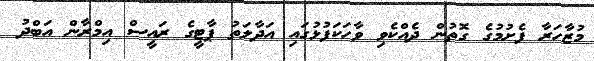
މުޒާހަރާ ފެށުމުގެ ގޮތުން ދެއްކެވި ވާހަކަފުޅުގައި އަދާލަތު ޕާޓީގެ ރައީސް އިމްރާން އަބްދު